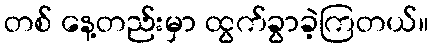
တစ် နေ့တည်းမှာ ထွက်ခွာခဲ့ကြတယ်။